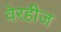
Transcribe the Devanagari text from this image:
वेरहीज